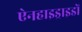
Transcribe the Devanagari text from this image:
ऐनहाइड्राइडों